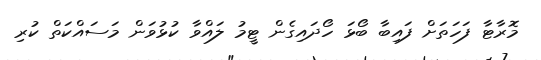
މޮރާޓާ ފަހަތަށް ފައިބާ ބޯޅަ ހޯދައިގެން ޓީމު ލައްވާ ކުޅުވަން މަސައްކަތް ކުރި